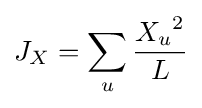
J_{X}=\sum _{u}{\frac {{X_{u}}^{2}}{L}}